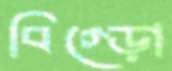
বিগ্‌ড়ো